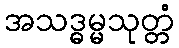
အသဒ္ဓမ္မသုတ္တံ